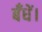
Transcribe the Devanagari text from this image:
बँधें।